Lunatic asylums in Bengal annual reports 1899-1911 - 1899-1911
Year: 1899
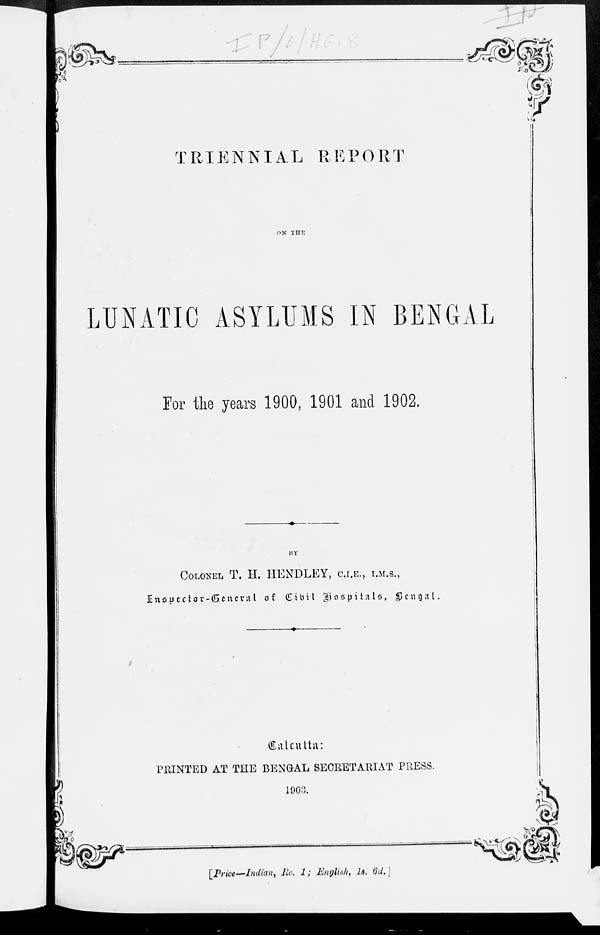
TRIENNIAL REPORT
ON THE
LUNATIC ASYLUMS IN BENGAL
For the years 1900, 1901 and 1902.
BY
COLONEL T. H. HENDLEY, C.I.E., I.M.S.,
Inspector-General of Civil Hospitals, Bengal.
Calcutta:
PRINTED AT THE BENGAL SECRETARIAT PRESS.
1903.
[Price—Indian, Re. 1; English, 1s. 6d.